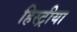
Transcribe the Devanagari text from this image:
हिस्ट्रीया